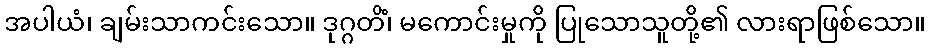
အပါယံ၊ ချမ်းသာကင်းသော။ ဒုဂ္ဂတိံ၊ မကောင်းမှုကို ပြုသောသူတို့၏ လားရာဖြစ်သော။